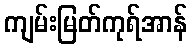
ကျမ်းမြတ်ကုရ်အာန်